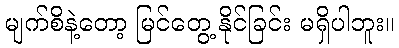
မျက်စိနဲ့တော့ မြင်တွေ့ နိုင်ခြင်း မရှိပါဘူး။